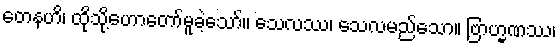
တေနဟိ၊ ထိုသို့ဟောတော်မူခဲ့သော်။ သေလဿ၊ သေလမည်သော။ ဗြာဟ္မဏဿ၊